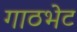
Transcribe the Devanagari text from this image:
गाठभेट